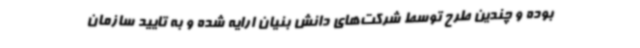
بوده و چندین طرح توسط شرکت‌های دانش‌ بنیان ارایه شده و به تایید سازمان